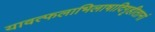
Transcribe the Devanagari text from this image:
यावत्फलाभिलाषादिगृहीतानां